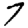
Digit: 7